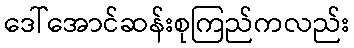
ဒေါ်အောင်ဆန်းစုကြည်ကလည်း